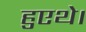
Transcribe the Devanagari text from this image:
हुएथे।